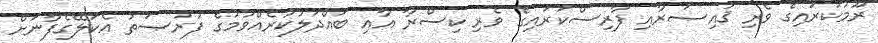
ރޫމުކަރައިގެ ވެރި ޤައިޞަރާއި ފާރިސްކަރައިގެ ވެރި ކިސްރާ އާއި ބައްދަލުކުރެއްވުމުގެ ފުރުޞަތު އެކަލޭގެފާނަށް